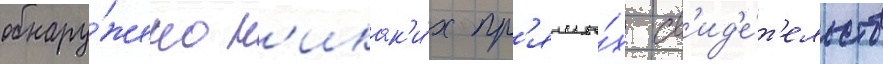
обнару́жено н'икак'и́х пр'ямы́х св'ид'е́т'ельств